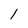
Character: l